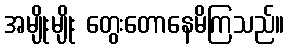
အမျိုးမျိုး တွေးတောနေမိကြသည်။